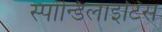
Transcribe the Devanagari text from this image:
स्पॉन्डिलाइटिस